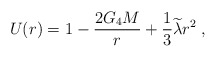
\begin{align*}U(r)=1-\frac{2G_4M}r+\frac 13\widetilde{\lambda }r^2\;, \end{align*}